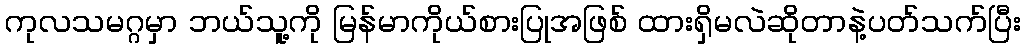
ကုလသမဂ္ဂမှာ ဘယ်သူ့ကို မြန်မာကိုယ်စားပြုအဖြစ် ထားရှိမလဲဆိုတာနဲ့ပတ်သက်ပြီး